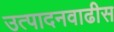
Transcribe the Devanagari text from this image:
उत्पादनवाढीस